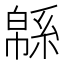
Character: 緜